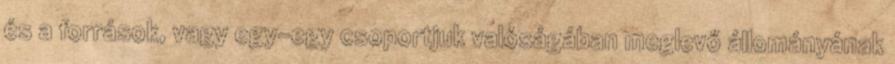
és a források, vagy egy-egy csoportjuk valóságában meglevő állományának